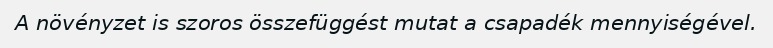
A növényzet is szoros összefüggést mutat a csapadék mennyiségével.